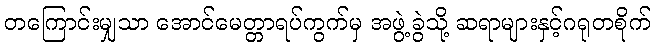
တကြောင်းမျှသာ အောင်မေတ္တာရပ်ကွက်မှ အဖွဲ့ခွဲသို့ ဆရာများနှင့်ဂရုတစိုက်